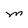
Character: M